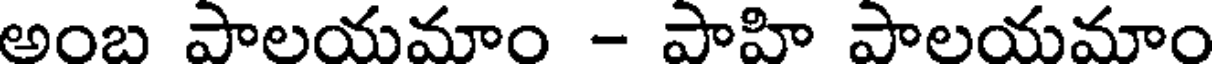
అంబ పాలయమాం - పాహి పాలయమాం